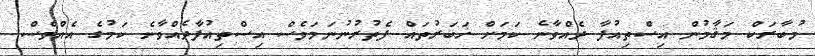
މުބާރަކް މަޤާމުން އިސްތިއުފާ ދެއްވާނެ ކަމަށް ޚަބަރުތައް ފެތުރުނުނަމަވެސް އިސްތިއުފާދެއްވާނެ ކަމުގެ އެއްވެސް